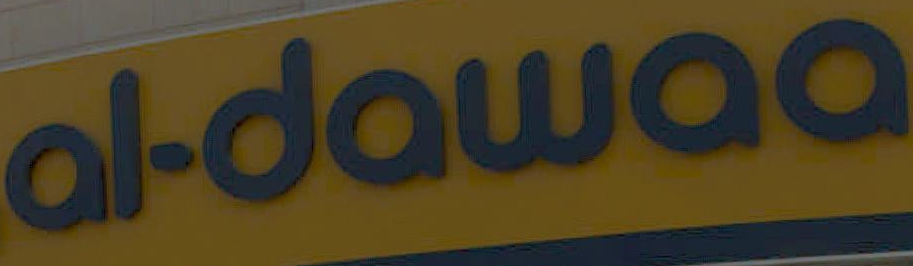
al.dawaa